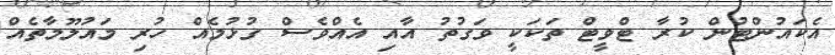
އެކައުންޓުން ކުރާ ޓްވީޓް ތަކަކީ ވަގުތު އާއި އެއްވެސް ގުޅުމެއް ހުރި މައުލޫމާތެއް